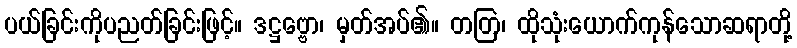
ပယ်ခြင်းကိုပညတ်ခြင်းဖြင့်။ ဒဋ္ဌဗ္ဗော၊ မှတ်အပ်၏။ တတြ၊ ထိုသုံးယောက်ကုန်သောဆရာတို့